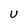
Character: u